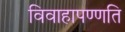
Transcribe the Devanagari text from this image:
विवाहापण्णति